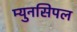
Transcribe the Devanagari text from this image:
म्युनसिपल